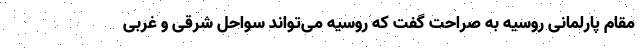
مقام پارلمانی روسیه به صراحت گفت که روسیه می‌تواند سواحل شرقی و غربی